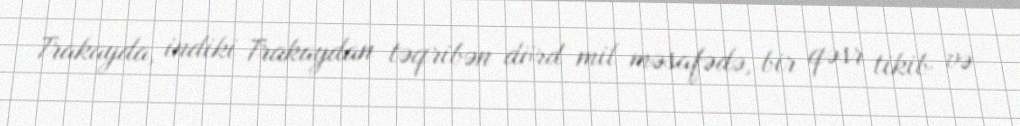
Trakayda, indiki Trakaydan təqribən dörd mil məsafədə, bir qəsr tikib və